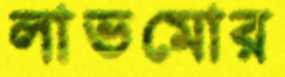
লাভমোর